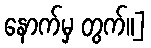
နောက်မှ တွက်။]